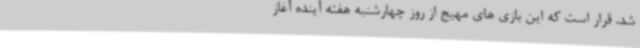
شد. قرار است که این بازی های مهیج از روز چهارشنبه هفته آینده آغاز